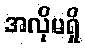
အလိုမရှိ